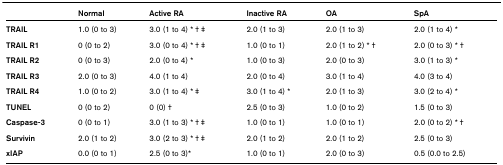
<table><thead><tr><td></td><td><b>Normal</b></td><td><b>Active RA</b></td><td><b>Inactive RA</b></td><td><b>OA</b></td><td><b>SpA</b></td></tr></thead><tbody><tr><td><b>TRAIL</b></td><td>1.0 (0 to 3)</td><td>3.0 (1 to 4) * † ‡</td><td>2.0 (1 to 3)</td><td>2.0 (1 to 3)</td><td>2.0 (1 to 4) *</td></tr><tr><td><b>TRAIL R1</b></td><td>0 (0 to 2)</td><td>3.0 (0 to 4) * † ‡</td><td>1.0 (0 to 1)</td><td>2.0 (1 to 2) * †</td><td>2.0 (0 to 3) * †</td></tr><tr><td><b>TRAIL R2</b></td><td>0 (0 to 3)</td><td>2.0 (0 to 4) *</td><td>1.0 (0 to 3)</td><td>2.0 (0 to 3)</td><td>3.0 (1 to 3) *</td></tr><tr><td><b>TRAIL R3</b></td><td>2.0 (0 to 3)</td><td>4.0 (1 to 4)</td><td>2.0 (0 to 4)</td><td>3.0 (1 to 4)</td><td>4.0 (3 to 4)</td></tr><tr><td><b>TRAIL R4</b></td><td>1.0 (0 to 2)</td><td>3.0 (1 to 4) * ‡</td><td>3.0 (1 to 4) *</td><td>2.0 (1 to 3)</td><td>3.0 (2 to 4) *</td></tr><tr><td><b>TUNEL</b></td><td>0 (0 to 2)</td><td>0 (0) †</td><td>2.5 (0 to 3)</td><td>1.0 (0 to 2)</td><td>1.5 (0 to 3)</td></tr><tr><td><b>Caspase-3</b></td><td>0 (0 to 1)</td><td>3.0 (1 to 3) * † ‡</td><td>1.0 (0 to 1)</td><td>1.0 (0 to 1)</td><td>2.0 (0 to 2) * †</td></tr><tr><td><b>Survivin</b></td><td>2.0 (1 to 2)</td><td>3.0 (2 to 3) * † ‡</td><td>2.0 (1 to 2)</td><td>2.0 (1 to 2)</td><td>2.5 (0 to 3)</td></tr><tr><td><b>xIAP</b></td><td>0.0 (0 to 1)</td><td>2.5 (0 to 3)*</td><td>1.0 (0 to 1)</td><td>2.0 (0 to 3)</td><td>0.5 (0.0 to 2.5)</td></tr></tbody></table>